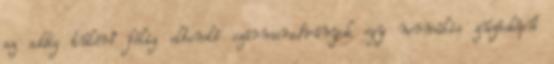
az addig túlérő félig elbomló szármaradványok egy normális zúzásképű